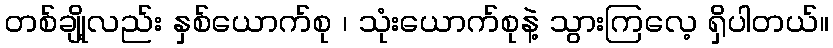
တစ်ချို့လည်း နှစ်ယောက်စု ၊ သုံးယောက်စုနဲ့ သွားကြလေ့ ရှိပါတယ်။